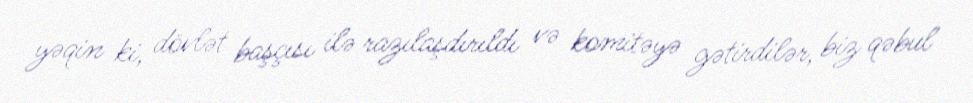
yəqin ki, dövlət başçısı ilə razılaşdırıldı və komitəyə gətirdilər, biz qəbul